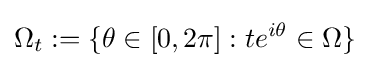
\Omega _{t}:=\{\theta \in [0,2\pi ]:te^{i\theta }\in \Omega \}